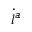
\dot { l } ^ { a }